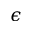
\epsilon